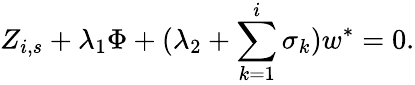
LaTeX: Z_{i,s}+\lambda_{1}\Phi+(\lambda_{2}+\sum_{k=1}^{i}\sigma_{k})w^{\ast}=0.